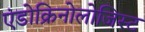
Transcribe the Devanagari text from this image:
एंडोक्रिनोलोजिस्ट